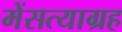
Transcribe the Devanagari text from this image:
मेंसत्याग्रह